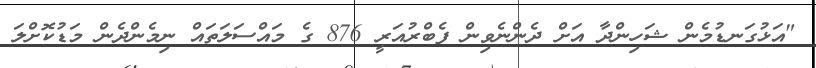
"އަޅުގަނޑުމެން ޝަހިންދާ އަށް ދެންނެވިން ފެބްރުއަރީ 876 ގެ މައްސަލަތައް ނިމެންދެން މަޑުކޮށްލަ